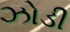
ઝોડી